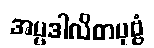
အပ္ပဒါလိတပုဗ္ဗံ